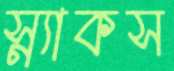
স্ন্যাকস